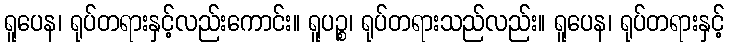
ရူပေန၊ ရုပ်တရားနှင့်လည်းကောင်း။ ရူပဉ္စ၊ ရုပ်တရားသည်လည်း။ ရူပေန၊ ရုပ်တရားနှင့်